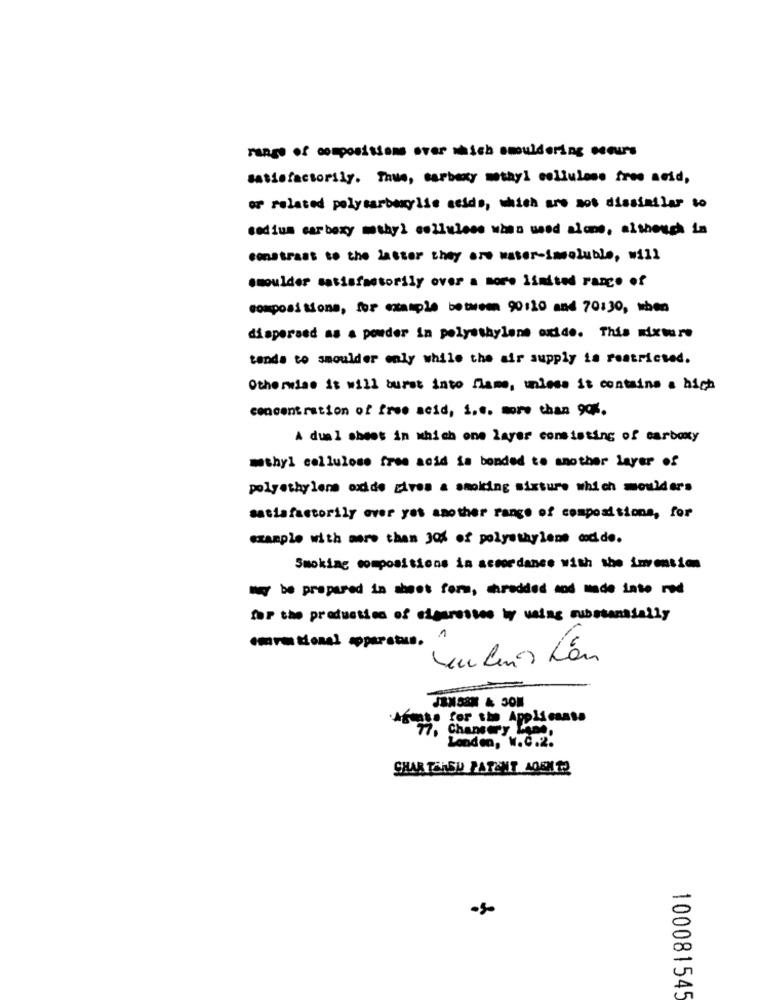
range of compositions over sich smuldering saus
satisfactorily. Thus, carboxy methyl cellulose free acid,
or related polycarboxylic acids, which are not dissimilar to
sodium carboxy mthyl cellulose when used alone, although in
constrass to the latter they are water-insoluble, will
smoulder satisfactorily over a more limited range of
compositions, for example between 90:10 and 70:30, when
dispersed as a powder in polyethylene oxide. This mixture
tends to shoulder only while the air supply is restricted.
Otherwise it will burst into flame, unless it contains a high
concentration of free acid, i.e. more than 90%.
A dual sheet in which one layer consisting of carboxy
methyl cellulose free acid is bonded to another layer of
polyethylene odde gives a smoking misture which moulder's
satisfactorily over yet another range of compositions, for
example with more than 30% of polyethylene coc de.
Smoking compositions in accordance with the invention
for the production of cigarettes by waing substantially
Agente for the Applicants
77, Chancery Lane,
Londen, W.C.2.
SHAR TRASU PARENT AGENTS
100081545